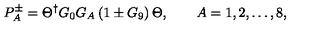
P _ { A } ^ { \pm } = \Theta ^ { \dagger } G _ { 0 } G _ { A } \left( 1 \pm G _ { 9 } \right) \Theta , \qquad A = 1 , 2 , \dots , 8 ,